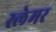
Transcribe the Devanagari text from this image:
स्लेमर